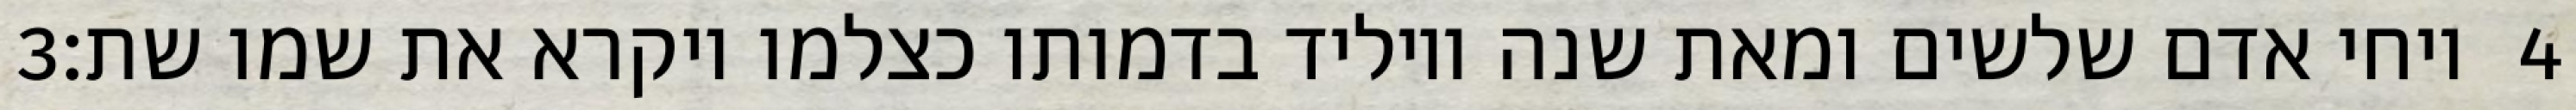
‎3‏ ויחי אדם שלשים ומאת שנה ויוליד בדמותו כצלמו ויקרא את שמו שת׃ ‎4‏